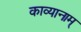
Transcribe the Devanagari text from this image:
काव्यानाम्